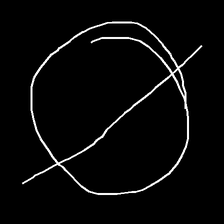
Glyph: orb